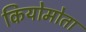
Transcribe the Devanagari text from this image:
कियोमोता